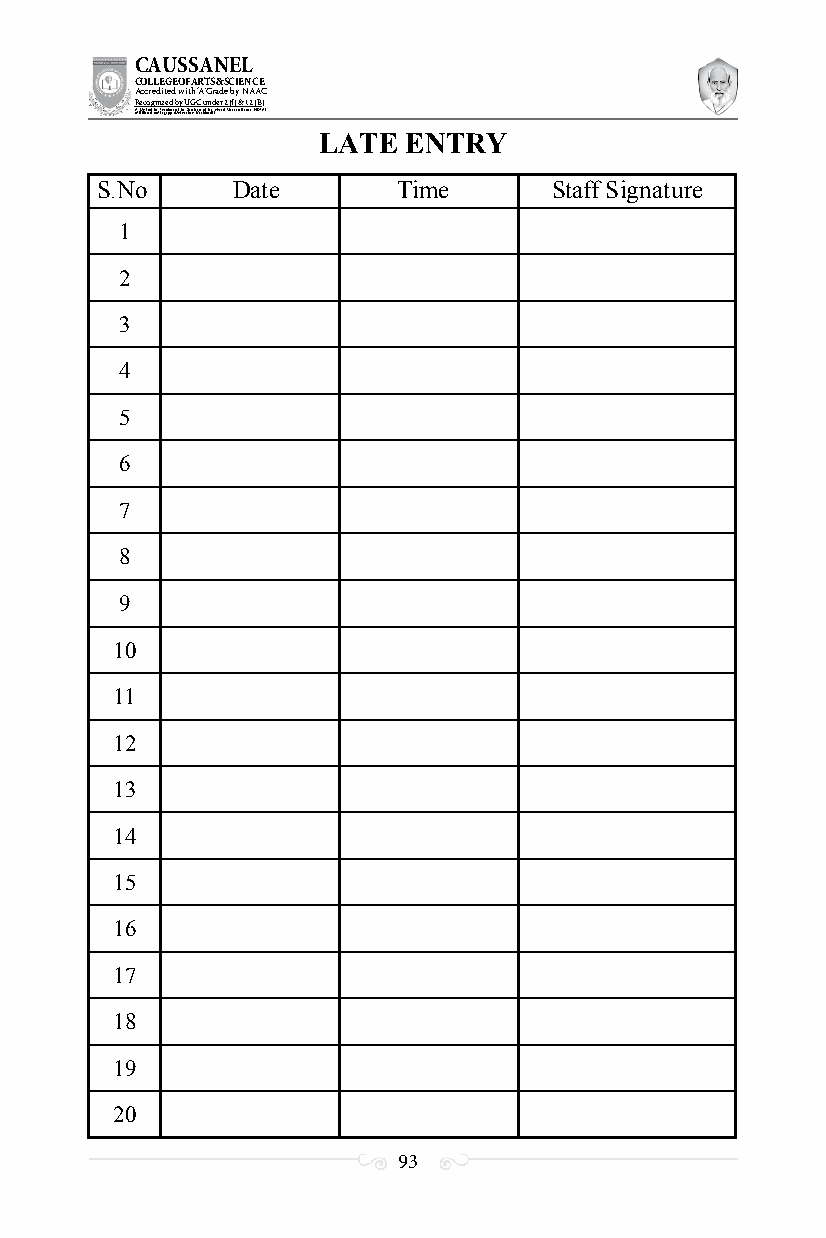
CAUSSANEL
 COLLEGE OF ARTS & SCIENCE
 Accredited with ‘A’ Grade by NAAC
 Recognized by UGC under 2 (f) & 12 (B)
 ((AA fUfilniaitt eodf ttoh eA Ilnasgtaitpuptae oUfn tihvee rBsirtoy,t hKerasr aoifk uthdei )S acred Heart of Jesus, INDIA)
 LATE  ENTRY
 S.No     Date       Time      Staff Signature
 1
 2
 3
 4
 5
 6
 7
 8
 9
 10
 11
 12
 13
 14
 15
 16
 17
 18
 19
 20
 93